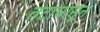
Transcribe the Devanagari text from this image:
तटापासून